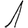
Digit: 1